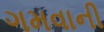
ગમવાની